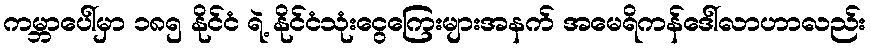
ကမ္ဘာပေါ်မှာ ၁၈၅ နိုင်ငံ ရဲ့ နိုင်ငံသုံးငွေကြေးများအနက် အမေရိကန်ဒေါ်လာဟာလည်း